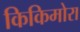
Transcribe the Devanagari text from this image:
किकिमोरा